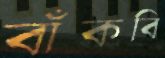
বাঁকবি